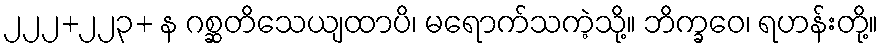
၂၂၂+၂၂၃+ န ဂစ္ဆတိသေယျထာပိ၊ မရောက်သကဲ့သို့။ ဘိက္ခဝေ၊ ရဟန်းတို့။